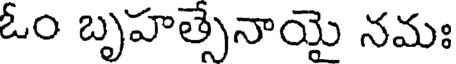
ఓం బృహత్సేనాయై నమః